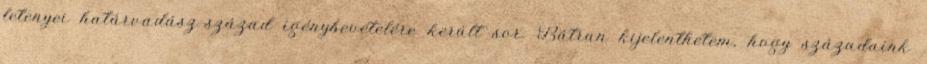
letenyei határvadász-század igénybevételére került sor. Bátran kijelenthetem, hogy századaink